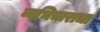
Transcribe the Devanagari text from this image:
व्यभिचाराचा